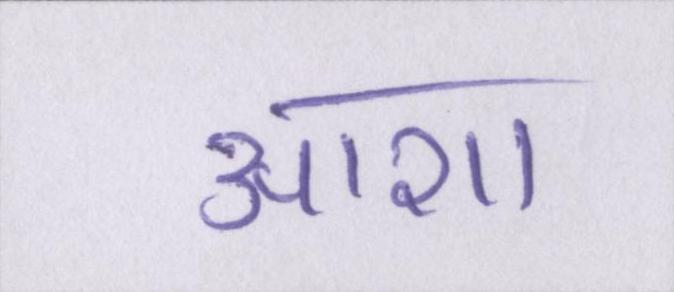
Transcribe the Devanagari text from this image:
आशा